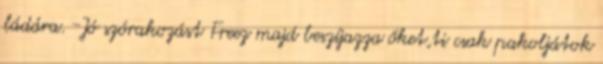
ládára. -Jó szórakozást Freez majd beszíjazza őket,ti csak pakoljátok